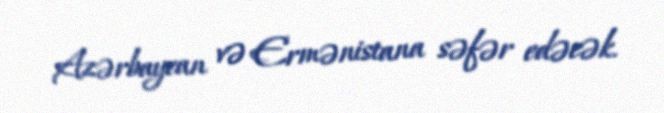
Azərbaycan və Ermənistana səfər edəcək.